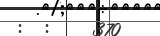
:  :    370